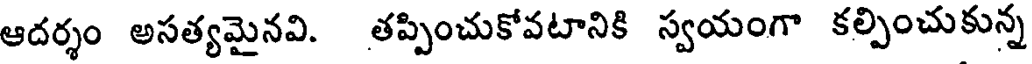
ఆదర్శం అసత్యమైనవి. తప్పించుకోవటానికి స్వయంగా కల్పించుకున్న